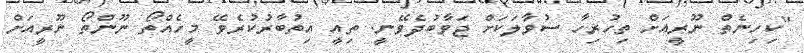
"ކިހިނެތް ނޫރީއަށް ތިހުރިހާ ސުވާލަކަށް ޖަވާބުދެވޭނީ. ތިއީ އިތުބާރުކުރެވޭ މީހެއްތޯ ނޫންތޯ ނޫރީއަށް